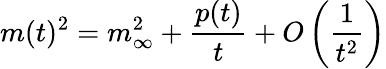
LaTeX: m(t)^{2}=m_{\infty}^{2}+\frac{p(t)}{t}+O\left(\frac{1}{t^{2}}\right)